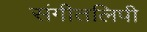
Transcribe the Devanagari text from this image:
संगीतलिपी